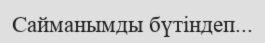
Сайманымды бүтіндеп...